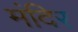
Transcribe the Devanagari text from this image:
मंदिर